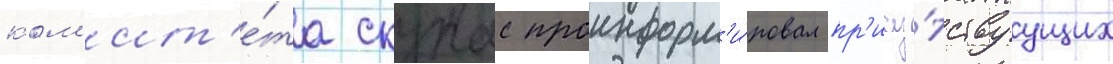
ком'ит'е́та скурас проинформ'и́ровал пр'ису́тствуущих